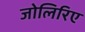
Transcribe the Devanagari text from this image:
जोलिरिए